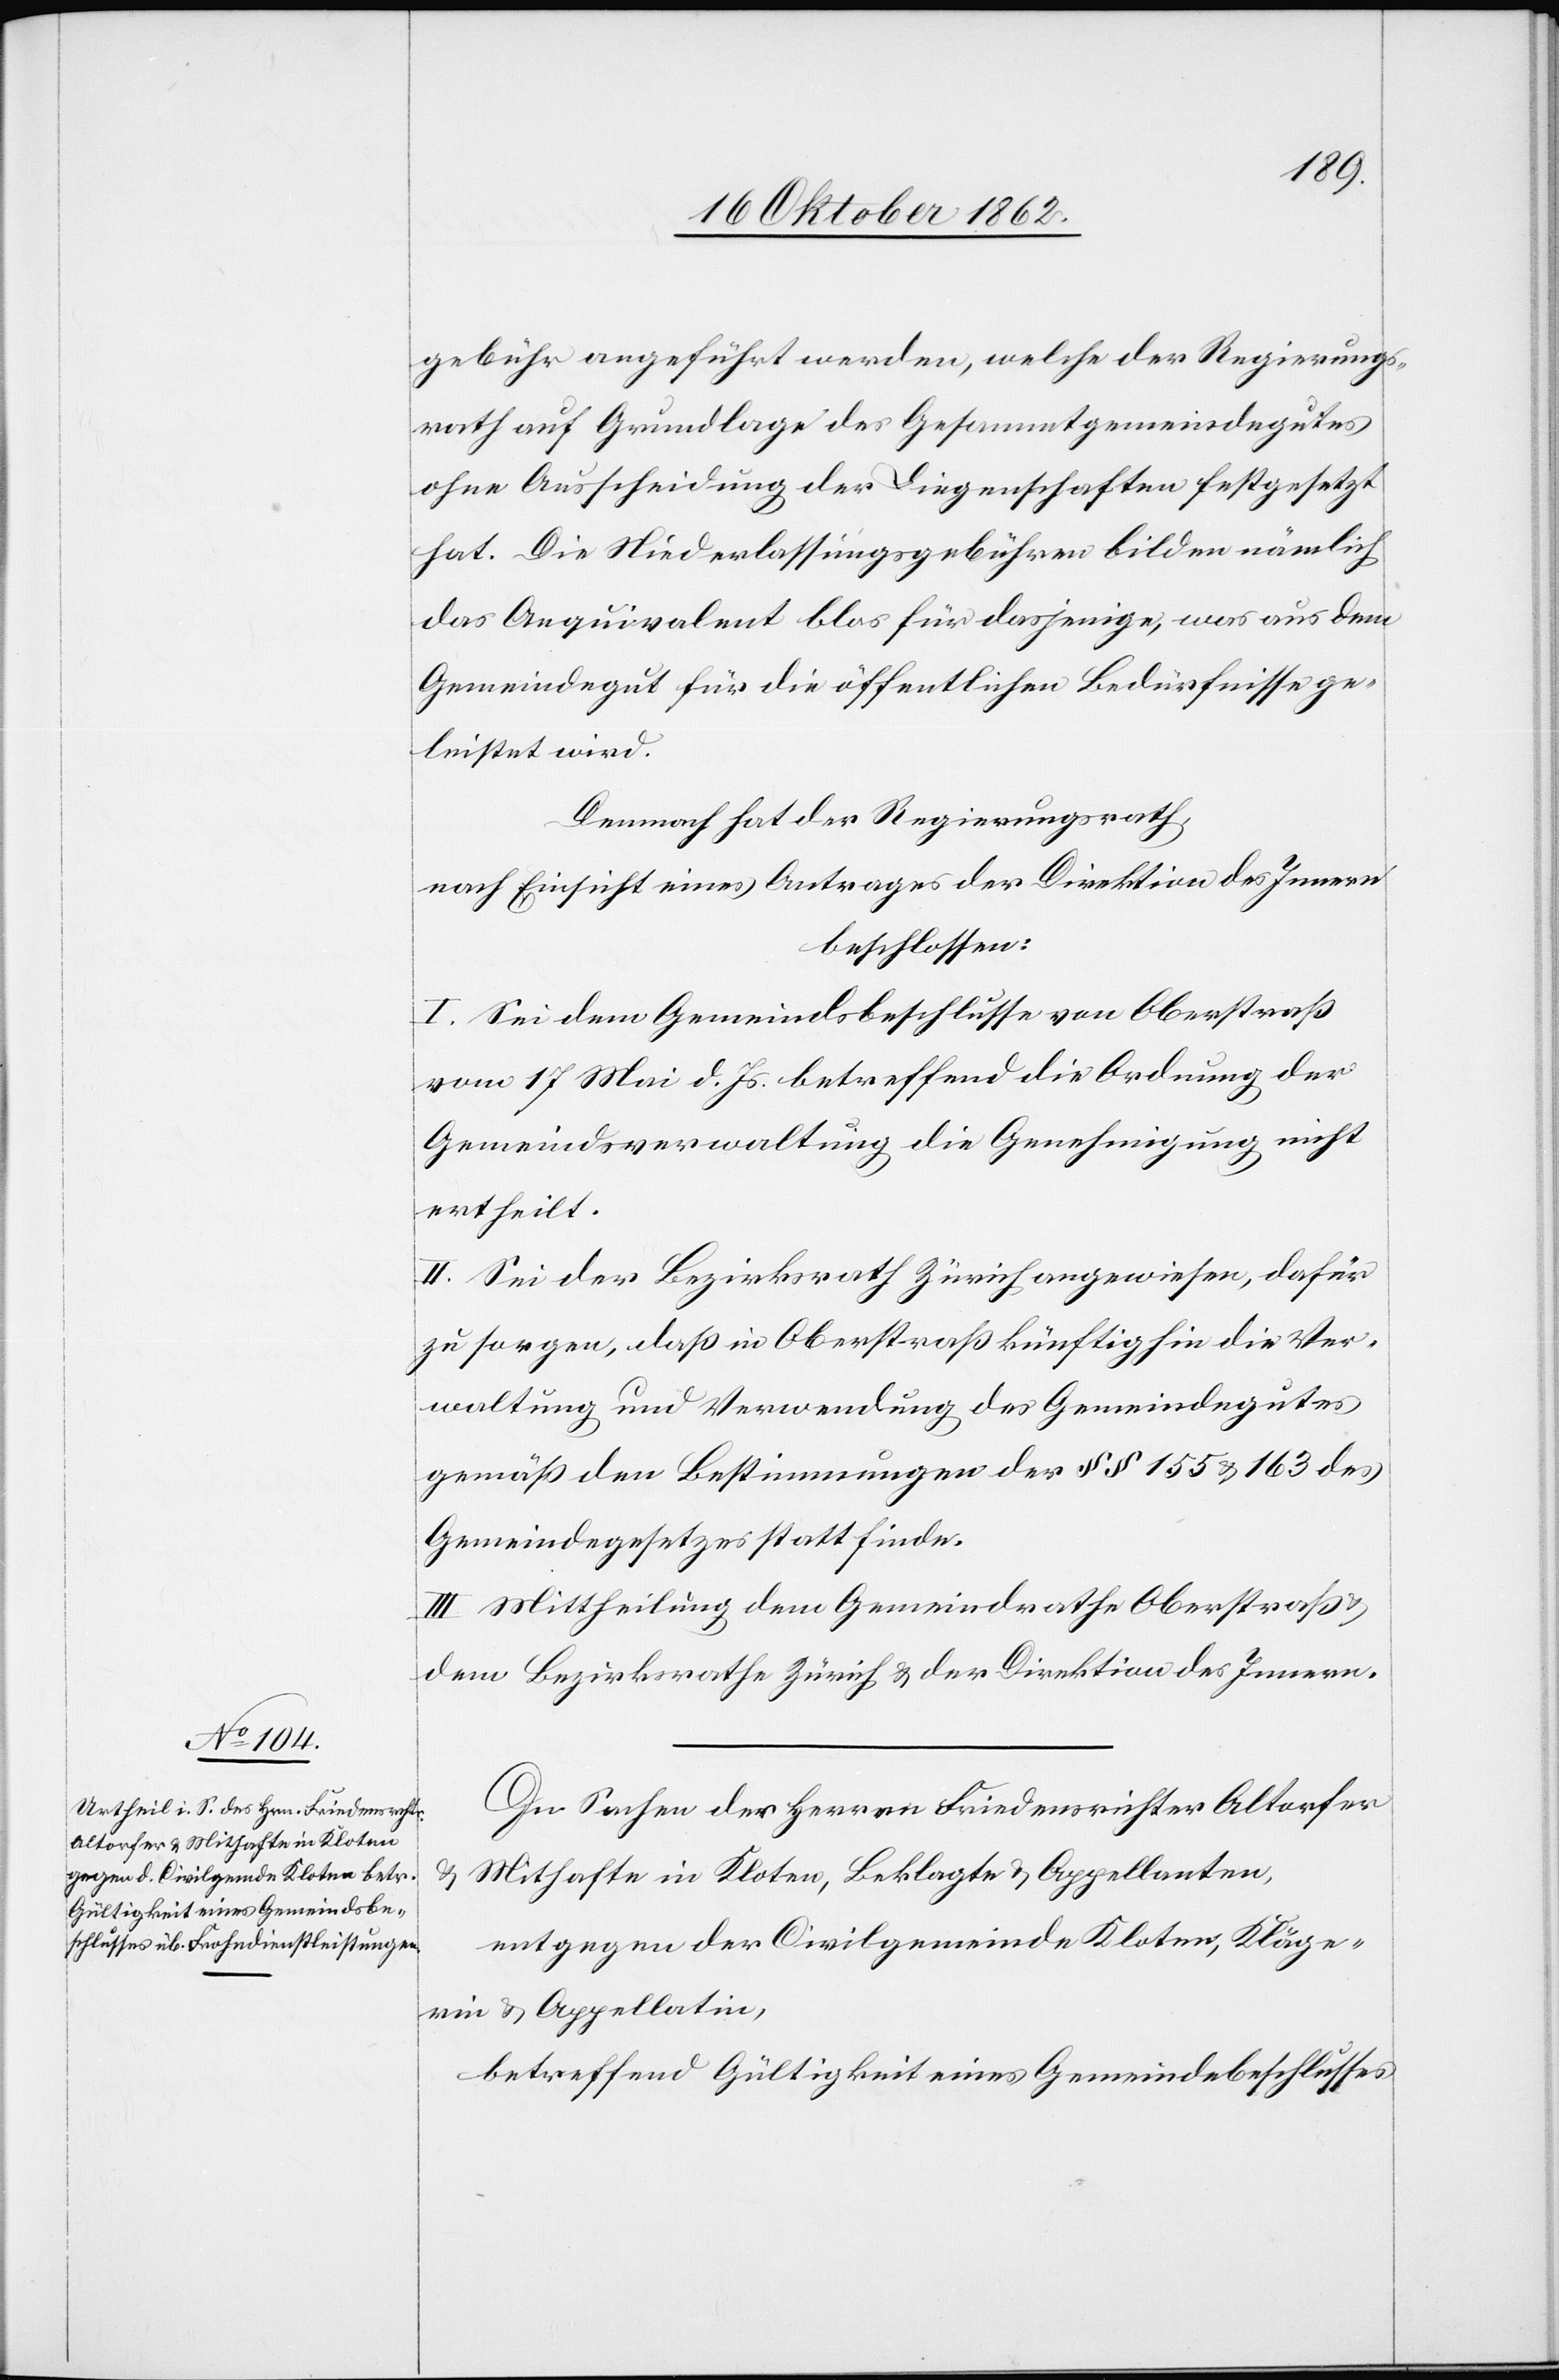
gebühr angeführt werden, welche der Regierungs¬
rath auf Grundlage des Gesammtgemeindegutes
ohne Ausscheidung der Liegenschaften festgesetzt
hat. Die Niederlassungsgebühren bilden nämlich
das Aequivalent blos für dasjenige, was aus dem
Gemeindegut für die öffentlichen Bedürfnisse ge¬
leistet wird.
Demnach hat der Regierungsrath,
nach Einsicht eines Antrages der Direktion des Innern
beschlossen
I. Sei dem Gemeindsbeschlusse von Oberstraß
vom 17. Mai d. Js. betreffend die Ordnung der
Gemeindsverwaltung die Genehmigung nicht
ertheilt.
II. Sei der Bezirksrath Zürich angewiesen, dafür
zu sorgen, daß in Oberstraß künftighin die Ver¬
waltung und Verwendung des Gemeindegutes
gemäß den Bestimmungen der §§ 155 u. 163 des
Gemeindegesetzes statt finde.
III. Mittheilung dem Gemeindrathe Oberstraß u.
dem Bezirksrathe Zürich u. der Direktion des Innern.
In Sachen der Herren Friedensrichter Altorfer
u. Mithafte in Kloten, Beklagte u. Appellanten,
entgegen der Civilgemeinde Kloten, Kläge¬
rin u. Appellatin,
betreffend Gültigkeit eines Gemeindebeschlusses